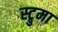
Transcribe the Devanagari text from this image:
स्ट्रुमा